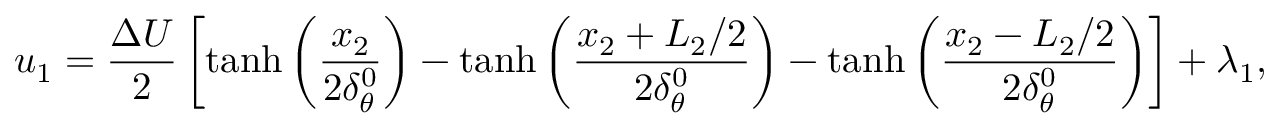
u _ { 1 } = \frac { \Delta U } { 2 } \left[ \operatorname { t a n h } \left( \frac { x _ { 2 } } { 2 \delta _ { \theta } ^ { 0 } } \right) - \operatorname { t a n h } \left( \frac { x _ { 2 } + L _ { 2 } / 2 } { 2 \delta _ { \theta } ^ { 0 } } \right) - \operatorname { t a n h } \left( \frac { x _ { 2 } - L _ { 2 } / 2 } { 2 \delta _ { \theta } ^ { 0 } } \right) \right] + \lambda _ { 1 } ,